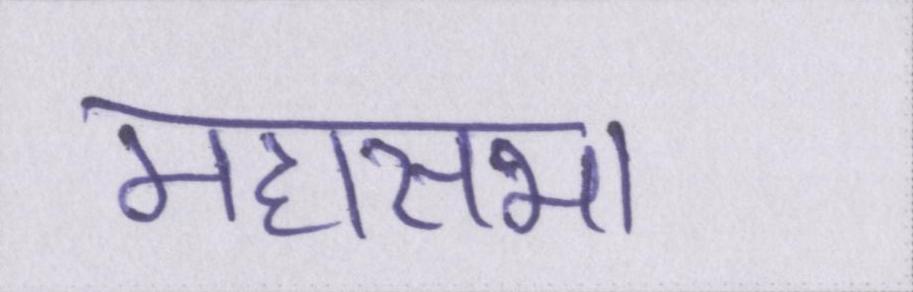
महासभा